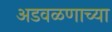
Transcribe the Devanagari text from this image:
अडवळणाच्या